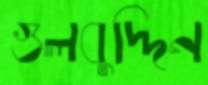
গুলবুদ্দিন